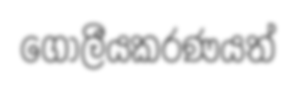
ගෝලීයකරණයත්